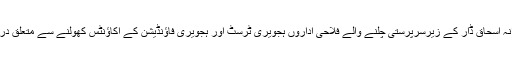
احتساب عدالت نے سابق وزیر خزانہ اسحاق ڈار کے زیرسرپرستی چلنے والے فلاحی اداروں ہجویری ٹرسٹ اور ہجویری فاﺅنڈیشن کے اکاﺅنٹس کھولنے سے متعلق درخواست پرفیصلہ محفوظ کرلیا ہے۔